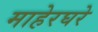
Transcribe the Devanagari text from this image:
माहेरघरे